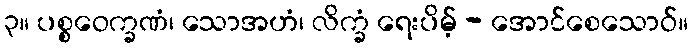
၃။ ပစ္စဝေက္ခဏံ၊ သောအဟံ၊ လိက္ခံ ရေးပိမ့် - အောင်စေသောဝ်။